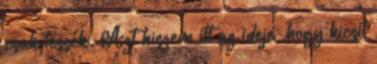
csak tessék. Azt hiszem itt az ideje, hogy kicsit